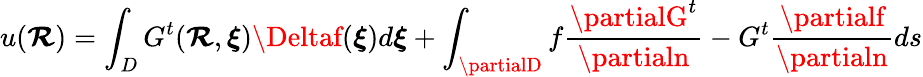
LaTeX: u(\boldsymbol{\mathcal{R}})=\int_{D}G^{t}(\boldsymbol{\mathcal{R}},\boldsymbol{\xi})\Deltaf(\boldsymbol{\xi})d\boldsymbol{\xi}+\int_{\partialD}f\frac{{\partialG^{t}}}{{\partialn}}-G^{t}\frac{{\partialf}}{{\partialn}}ds